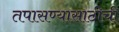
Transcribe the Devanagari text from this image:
तपासण्यासाठीची